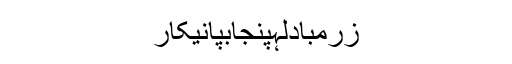
زرمبادلہپنجابپانیکار